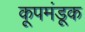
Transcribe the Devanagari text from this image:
कूपमंडूक